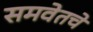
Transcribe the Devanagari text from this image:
समवेतचे